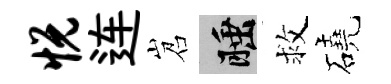
悦连岧睡救磽